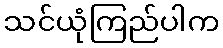
သင်ယုံကြည်ပါက